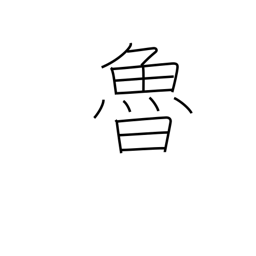
Meaning: Russia